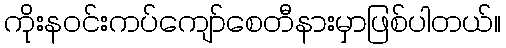
ကိုးန၀င်းကပ်ကျော်စေတီနားမှာဖြစ်ပါတယ်။